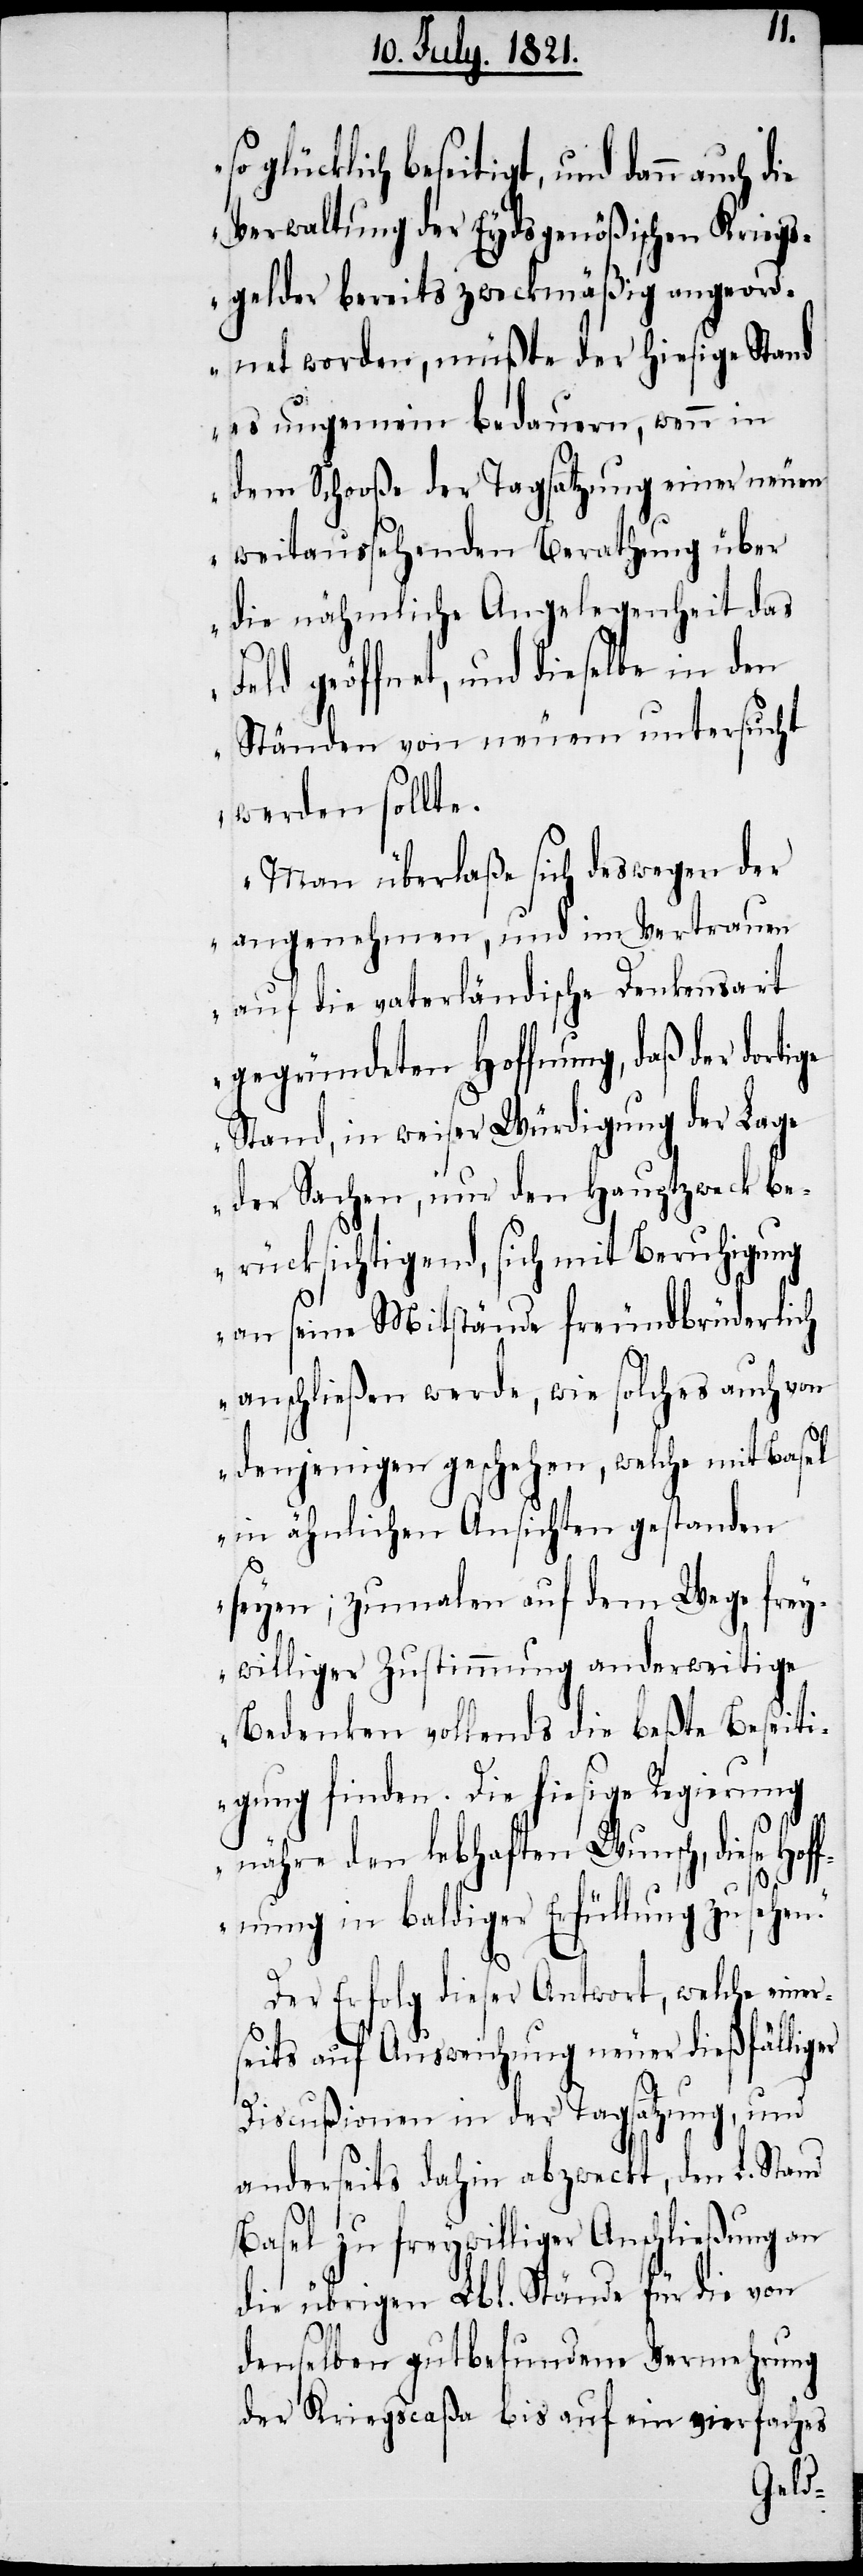
so glücklich beseitigt, und dann
Verwaltung der Eydsgenößischen Kriegs¬
gelder bereits zweckmäßig angeord¬
net worden, müßte der hiesige Stand
es ungemein bedauern, wenn in
dem Schooße der Tagsatzung einer neuen
weitaussehenden Berathung über
die nähmliche Angelegenheit das
geöffnet, und dieselbe in den
Ständen von neuem untersucht
werden sollte.
Man überlaße sich deswegen der
angenehmen, und im Vertrauen
auf die vaterländische Denkensart
gegründeten Hoffnung, daß der dorti¬
Stand, in weiser Würdigung der Lage
der Sachen, nur den Hauptzweck be¬
rücksichtigend, sich mit Beruhigung
ch
an seine Mitstände freundbrüderli¬
anschließen werde, wie solches auch von
denjenigen geschehen, welche mit Basel
in ähnlichen Ansichten gestanden
seyen; zumalen auf dem Wege frey¬
williger Zustimmung anderweitige
Bedenken vollends die beßte Beseiti¬
gung finden. Die hiesige Regierung
nähre den lebhaften Wunsch, diese Ho¬
ffnung in baldiger Erfüllung zu sehen.“
ge
Der Erfolg dieser Antwort, welche einer¬
seits auf Ausweichung neuer dießfälliger
Discußionen in der Tagsatzung, und
anderseits dahin abzweckt, den L. Stand
Basel zu freywilliger Anschließung an
die übrigen Lbl. Stände für die von
denselben gutbefundene Vermehrung
der Kriegscaßa bis auf ein vierfaches